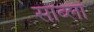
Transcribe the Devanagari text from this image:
साब्ला